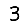
Digit: 3